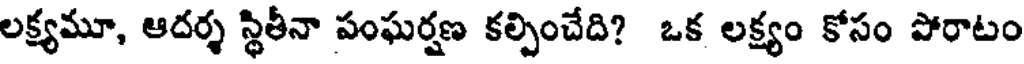
లక్ష్యమూ, ఆదర్శ స్థితీనా పంఘర్షణ కల్పించేది? ఒక లక్ష్యం కోసం పోరాటం